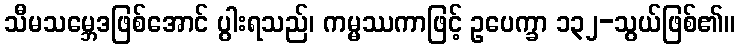
သီမသမ္ဘေဒဖြစ်အောင် ပွါးရသည်၊ ကမ္မဿကာဖြင့် ဥပေက္ခာ ၁၃၂-သွယ်ဖြစ်၏။